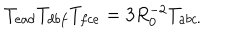
T _ { e a d } T _ { d b f } T _ { f c e } = 3 R _ { 0 } ^ { - 2 } T _ { a b c . }